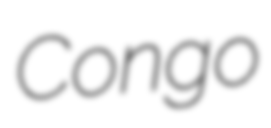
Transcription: Congo